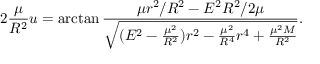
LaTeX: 2 { \frac { \mu } { R ^ { 2 } } } u = \arctan { \frac { \mu r ^ { 2 } / R ^ { 2 } - E ^ { 2 } R ^ { 2 } / 2 \mu } { \sqrt { ( E ^ { 2 } - { \frac { \mu ^ { 2 } } { R ^ { 2 } } } ) r ^ { 2 } - { \frac { \mu ^ { 2 } } { R ^ { 4 } } } r ^ { 4 } + { \frac { \mu ^ { 2 } M } { R ^ { 2 } } } } } } .